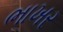
ભાખર